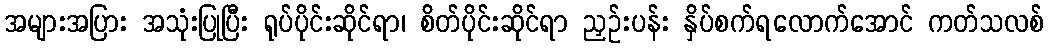
အများအပြား အသုံးပြုပြီး ရုပ်ပိုင်းဆိုင်ရာ၊ စိတ်ပိုင်းဆိုင်ရာ ညှဉ်းပန်း နှိပ်စက်ရလောက်အောင် ကတ်သလစ်